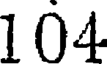
104